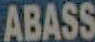
ABASS